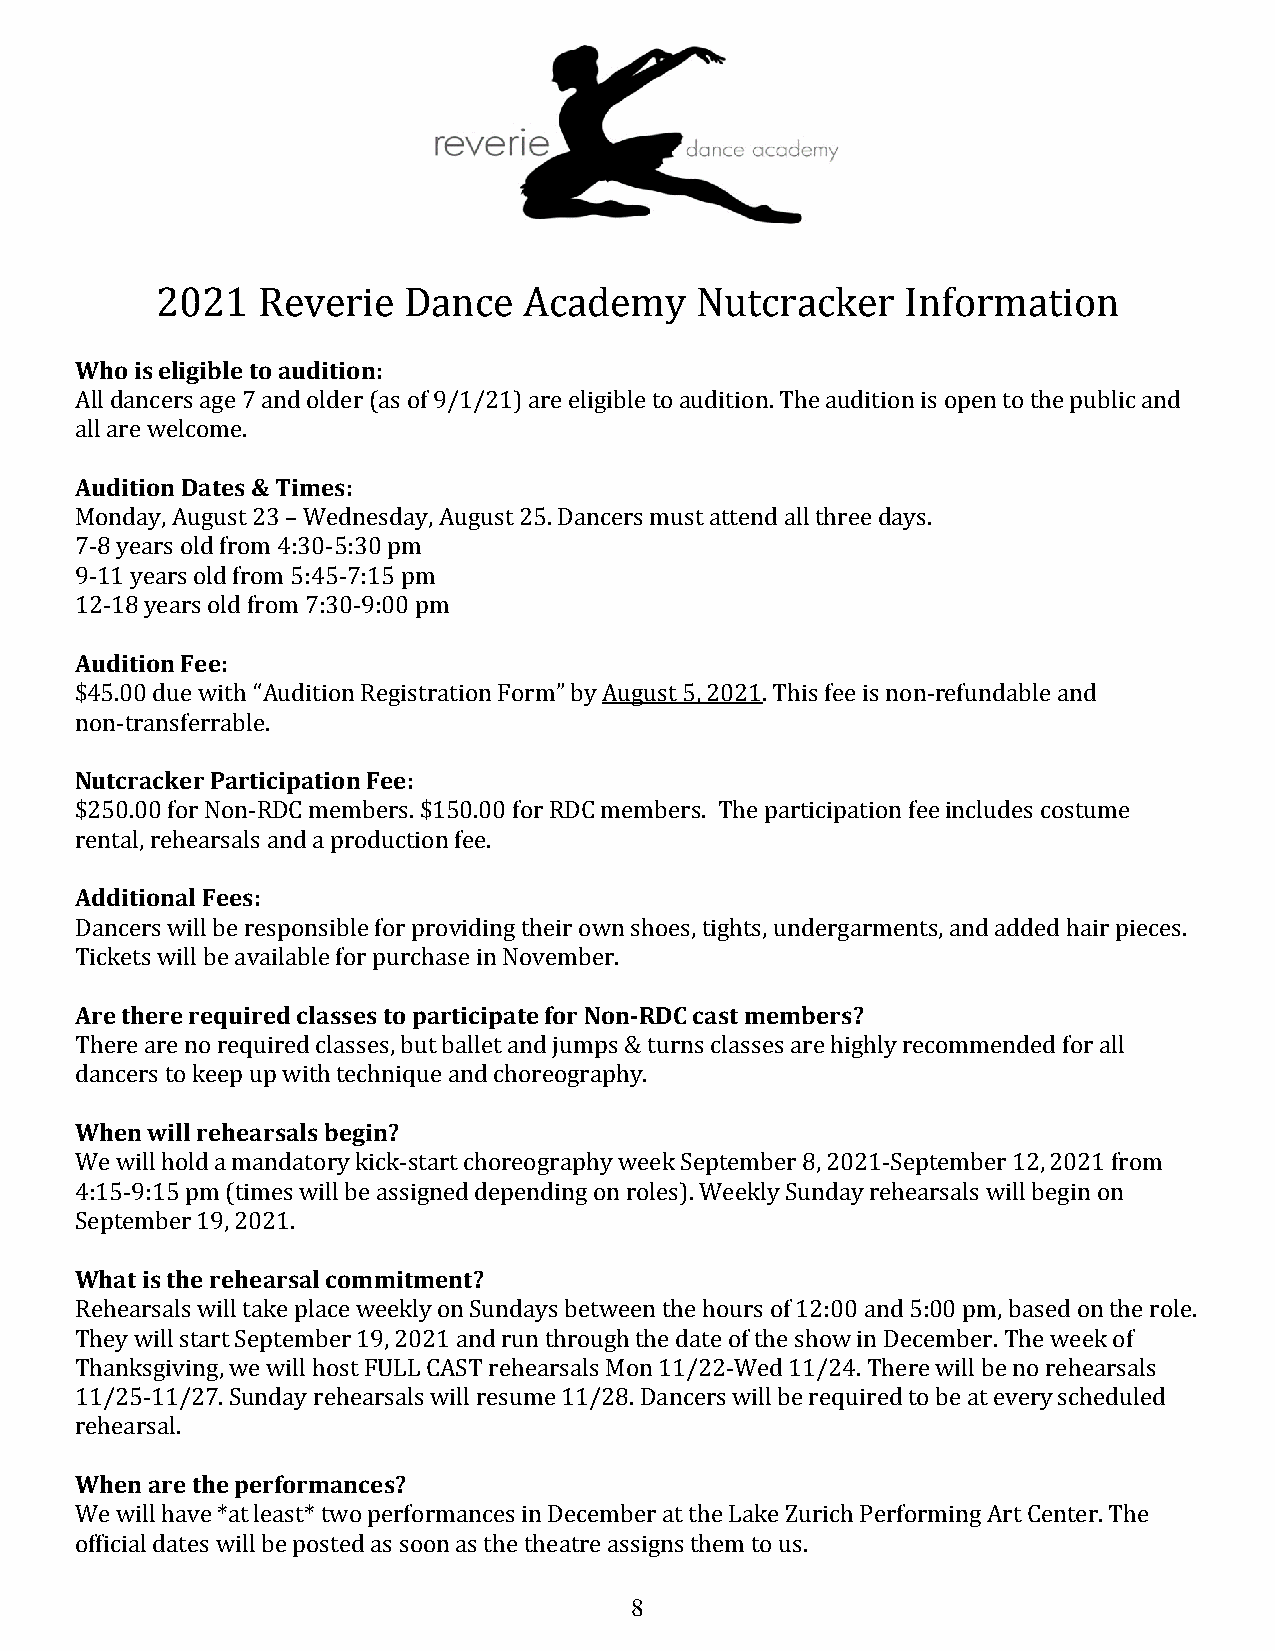
2021   Reverie   Dance   Academy    Nutcracker    Information
 Who is eligible to audition:
 All dancers age 7 and older (as of 9/1/21) are eligible to audition. The audition is open to the public and
 all are welcome.
 Audition Dates & Times:
 Monday, August 23 – Wednesday, August 25. Dancers must attend all three days.
 7-8 years old from 4:30-5:30 pm
 9-11 years old from 5:45-7:15 pm
 12-18 years old from 7:30-9:00 pm
 Audition Fee:
 $45.00 due with “Audition Registration Form” by August 5, 2021. This fee is non-refundable and
 non-transferrable.
 Nutcracker Participation Fee:
 $250.00 for Non-RDC members. $150.00 for RDC members. The participation fee includes costume
 rental, rehearsals and a production fee.
 Additional Fees:
 Dancers will be responsible for providing their own shoes, tights, undergarments, and added hair pieces.
 Tickets will be available for purchase in November.
 Are there required classes to participate for Non-RDC cast members?
 There are no required classes, but ballet and jumps & turns classes are highly recommended for all
 dancers to keep up with technique and choreography.
 When will rehearsals begin?
 We will hold a mandatory kick-start choreography week September 8, 2021-September 12, 2021 from
 4:15-9:15 pm (times will be assigned depending on roles). Weekly Sunday rehearsals will begin on
 September 19, 2021.
 What is the rehearsal commitment?
 Rehearsals will take place weekly on Sundays between the hours of 12:00 and 5:00 pm, based on the role.
 They will start September 19, 2021 and run through the date of the show in December. The week of
 Thanksgiving, we will host FULL CAST rehearsals Mon 11/22-Wed 11/24. There will be no rehearsals
 11/25-11/27. Sunday rehearsals will resume 11/28. Dancers will be required to be at every scheduled
 rehearsal.
 When are the performances?
 We will have *at least* two performances in December at the Lake Zurich Performing Art Center. The
 official dates will be posted as soon as the theatre assigns them to us.
 8